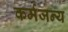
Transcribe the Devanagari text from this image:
कर्मजन्य